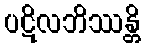
ပဋိလဘိဿန္တိ